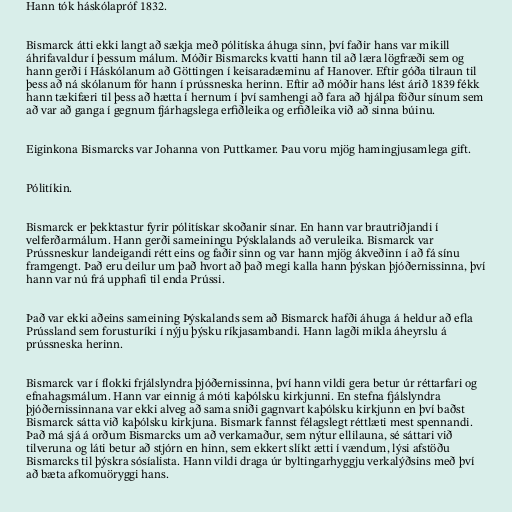
Hann tók háskólapróf 1832.

Bismarck átti ekki langt að sækja með pólitíska áhuga sinn, því faðir hans var mikill
áhrifavaldur í þessum málum. Móðir Bismarcks kvatti hann til að læra lögfræði sem og
hann gerði í Háskólanum að Göttingen í keisaradæminu af Hanover. Eftir góða tilraun til
þess að ná skólanum fór hann í prússneska herinn. Eftir að móðir hans lést árið 1839 fékk
hann tækifæri til þess að hætta í hernum í því samhengi að fara að hjálpa föður sínum sem
að var að ganga í gegnum fjárhagslega erfiðleika og erfiðleika við að sinna búinu.

Eiginkona Bismarcks var Johanna von Puttkamer. Þau voru mjög hamingjusamlega gift.

Pólitíkin.

Bismarck er þekktastur fyrir pólitískar skoðanir sínar. En hann var brautriðjandi í
velferðarmálum. Hann gerði sameiningu Þýsklalands að veruleika. Bismarck var
Prússneskur landeigandi rétt eins og faðir sinn og var hann mjög ákveðinn í að fá sínu
framgengt. Það eru deilur um það hvort að það megi kalla hann þýskan þjóðernissinna, því
hann var nú frá upphafi til enda Prússi.

Það var ekki aðeins sameining Þýskalands sem að Bismarck hafði áhuga á heldur að efla
Prússland sem forusturíki í nýju þýsku ríkjasambandi. Hann lagði mikla áheyrslu á
prússneska herinn.

Bismarck var í flokki frjálslyndra þjóðernissinna, því hann vildi gera betur úr réttarfari og
efnahagsmálum. Hann var einnig á móti kaþólsku kirkjunni. En stefna fjálslyndra
þjóðernissinnana var ekki alveg að sama sniði gagnvart kaþólsku kirkjunn en því baðst
Bismarck sátta við kaþólsku kirkjuna. Bismark fannst félagslegt réttlæti mest spennandi.
Það má sjá á orðum Bismarcks um að verkamaður, sem nýtur ellilauna, sé sáttari við
tilveruna og láti betur að stjórn en hinn, sem ekkert slíkt ætti í vændum, lýsi afstöðu
Bismarcks til þýskra sósíalista. Hann vildi draga úr byltingarhyggju verkalýðsins með því
að bæta afkomuöryggi hans.